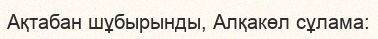
Ақтабан шұбырынды, Алқакөл сұлама: